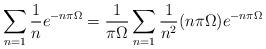
LaTeX: \begin{align*}\sum_{n=1}\frac{1}{n} e^{-n\pi \Omega}=\frac{1}{\pi\Omega}\sum_{n=1}\frac{1}{n^2} (n\pi\Omega) e^{-n\pi\Omega}\end{align*}